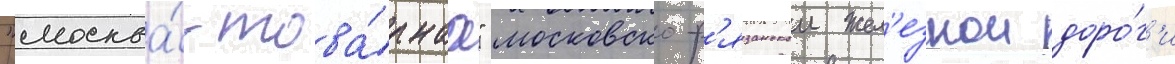
"москва́-това́рнаа" московско-р'язанскои жел'езнои доро́г'и